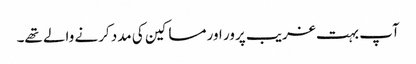
آپ بہت غریب پرور اور مساکین کی مدد کرنے والے تھے۔